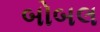
બોબલ